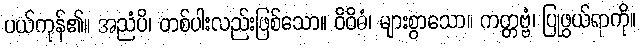
ပယ်ကုန်၏။ အညံပိ၊ တစ်ပါးလည်းဖြစ်သော။ ဝိဝိဓံ၊ များစွာသော။ ကတ္တဗ္ဗံ၊ ပြုဖွယ်ရာကို။